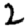
Digit: 2